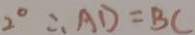
2 ^ { \circ } \therefore A D = B C